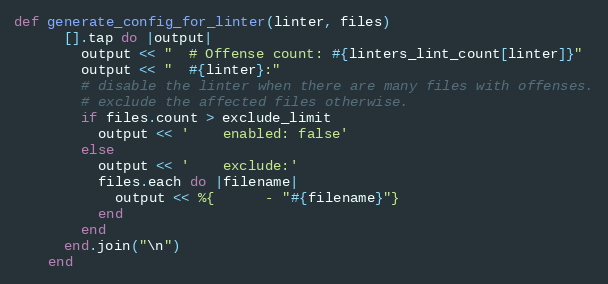
Language: Ruby
def generate_config_for_linter(linter, files)
      [].tap do |output|
        output << "  # Offense count: #{linters_lint_count[linter]}"
        output << "  #{linter}:"
        # disable the linter when there are many files with offenses.
        # exclude the affected files otherwise.
        if files.count > exclude_limit
          output << '    enabled: false'
        else
          output << '    exclude:'
          files.each do |filename|
            output << %{      - "#{filename}"}
          end
        end
      end.join("\n")
    end